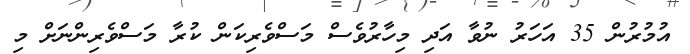
އުމުރުން 35 އަހަރު ނުވާ އަދި މިހާރުވެސް މަސްވެރިކަން ކުރާ މަސްވެރިންނަށް މި